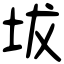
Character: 坺